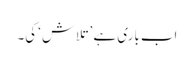
اب باری ہے ’تلاش‘ کی۔